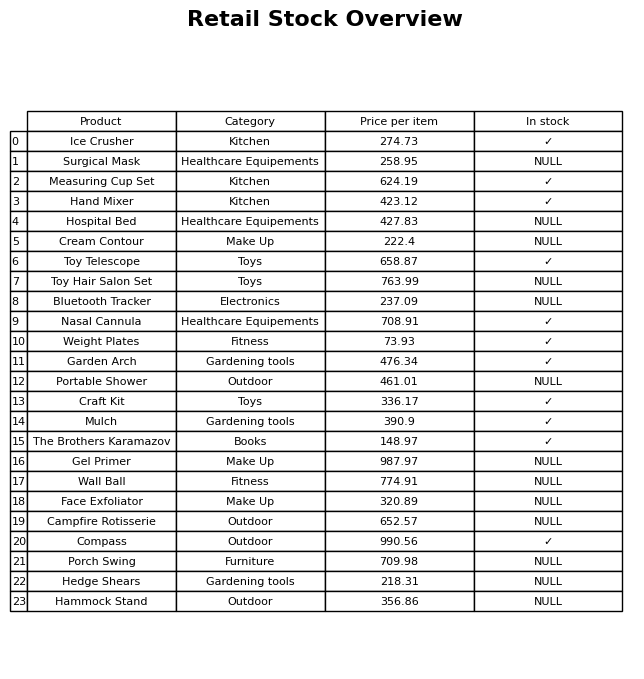
question: What category does the Toy Telescope belong to?
answer: Toys